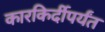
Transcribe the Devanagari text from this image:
कारकिर्दीपर्यंत